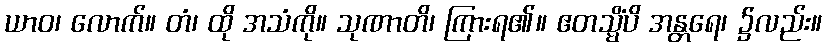
ယာဝ၊ လောက်။ တံ၊ ထို အသံကို။ သုဏာတိ၊ ကြားရ၏။ ဧတသ္မိံပိ အန္တရေ၊ ၌လည်း။